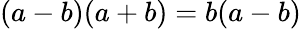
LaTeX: (a-b)(a+b)=b(a-b)